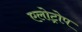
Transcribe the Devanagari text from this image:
एलोट्रोप